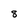
Character: 8